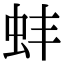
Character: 蚌